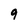
Character: 9